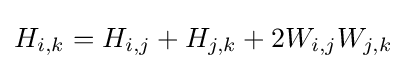
H_{i,k}=H_{i,j}+H_{j,k}+2W_{i,j}W_{j,k}